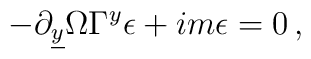
-\partial_{\underline{y}} \Omega \Gamma^{y} \epsilon+im \epsilon=0\, ,